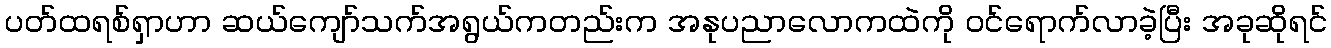
ပတ်ထရစ်ရှာဟာ ဆယ်ကျော်သက်အရွယ်ကတည်းက အနုပညာလောကထဲကို ဝင်ရောက်လာခဲ့ပြီး အခုဆိုရင်